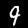
Digit: 9